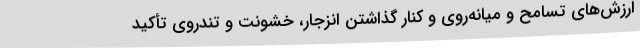
ارزش‌های تسامح و میانه‌روی و کنار گذاشتن انزجار، خشونت و تندروی تأکید